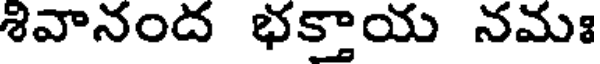
శివానంద భక్తాయ నమః